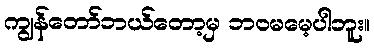
ကျွန်တော်ဘယ်တော့မှ ဘဝမမေ့ပါဘူး။